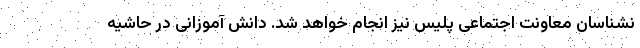
نشناسان معاونت اجتماعی پلیس نیز انجام خواهد شد. دانش ‌آموزانی در حاشیه